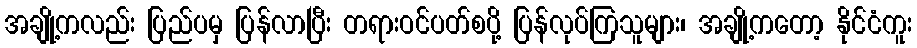
အချို့ကလည်း ပြည်ပမှ ပြန်လာပြီး တရားဝင်ပတ်စပို့ ပြန်လုပ်ကြသူများ၊ အချို့ကတော့ နိုင်ငံကူး